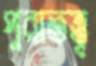
পুরাতত্ত্ব